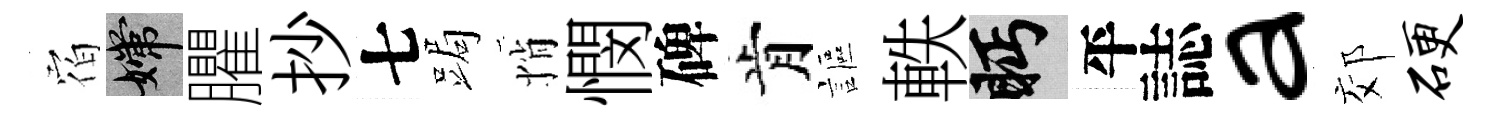
𪧐嫦臞抄七跼悄憫碑肯謳軼眄平誌a郊硬